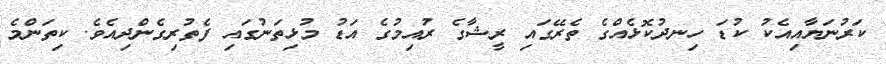
ކަރުނަޔާއިއެކު ކުޑަ ހިނދުކޮޅެއްގެ ތެރޭގައި ރީޝާގެ ރުއިމުގެ އަޑު މުޅިތަނުގައި ފެތުރިިގެންދިއެވެ. ކިތަންމެ